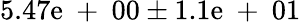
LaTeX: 5.47\mathrm{e}\mathrm{{~+~}}00\pm1.1\mathrm{e}\mathrm{{~+~}}01